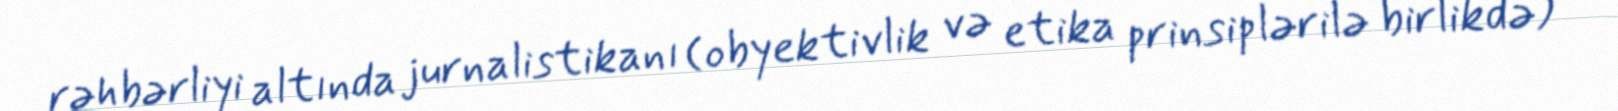
rəhbərliyi altında jurnalistikanı (obyektivlik və etika prinsiplərilə birlikdə)